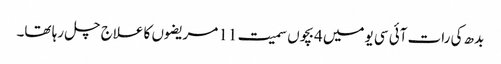
بدھ کی رات آئی سی یومیں 4بچوں سمیت 11 مریضوں کا علاج چل رہا تھا۔